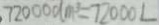
7 2 0 0 0 d m ^ { 3 } = 7 2 0 0 0 L